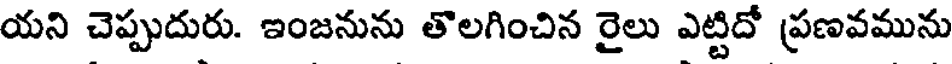
యని చెప్పుదురు. ఇంజనును తొలగించిన రైలు ఎట్టిదో ప్రణవమును